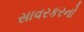
સાવરકરનો